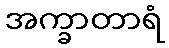
အက္ခာတာရံ